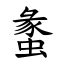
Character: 䗍